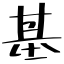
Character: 基